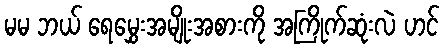
မမ ဘယ် ရေမွှေးအမျိုးအစားကို အကြိုက်ဆုံးလဲ ဟင်